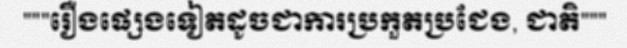
"""រឿងផ្សេងទៀតដូចជាការប្រកួតប្រជែង, ជាតិ"""